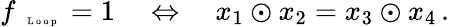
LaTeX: f_{\mathrm{~\tiny~\textnormal~{~L~o~o~p~}~}}=1\quad\Leftrightarrow\quad x_{1}\odot x_{2}=x_{3}\odot x_{4}\, .